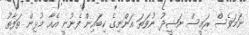
ނަމަވެސް ރައީސް ނަޝީދު ނުވަތަ އަންނިގެ ކިބައިން ފެނުނީ އެއާ މުޅިން ތަފާތު